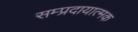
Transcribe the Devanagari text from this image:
सम्प्रदायात्मक